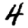
Digit: 4